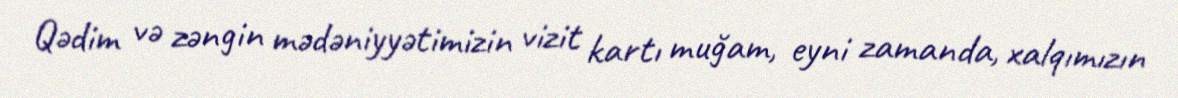
Qədim və zəngin mədəniyyətimizin vizit kartı muğam, eyni zamanda, xalqımızın